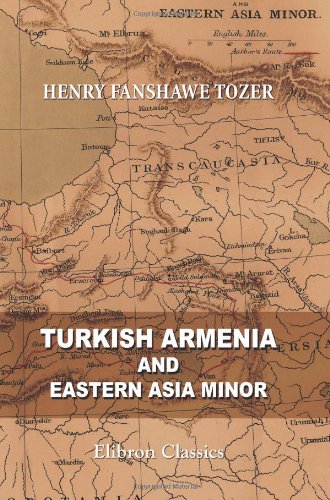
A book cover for Turkish Armenia and Eastern Asia Minor; Henry Fanshawe Tozer; Travel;